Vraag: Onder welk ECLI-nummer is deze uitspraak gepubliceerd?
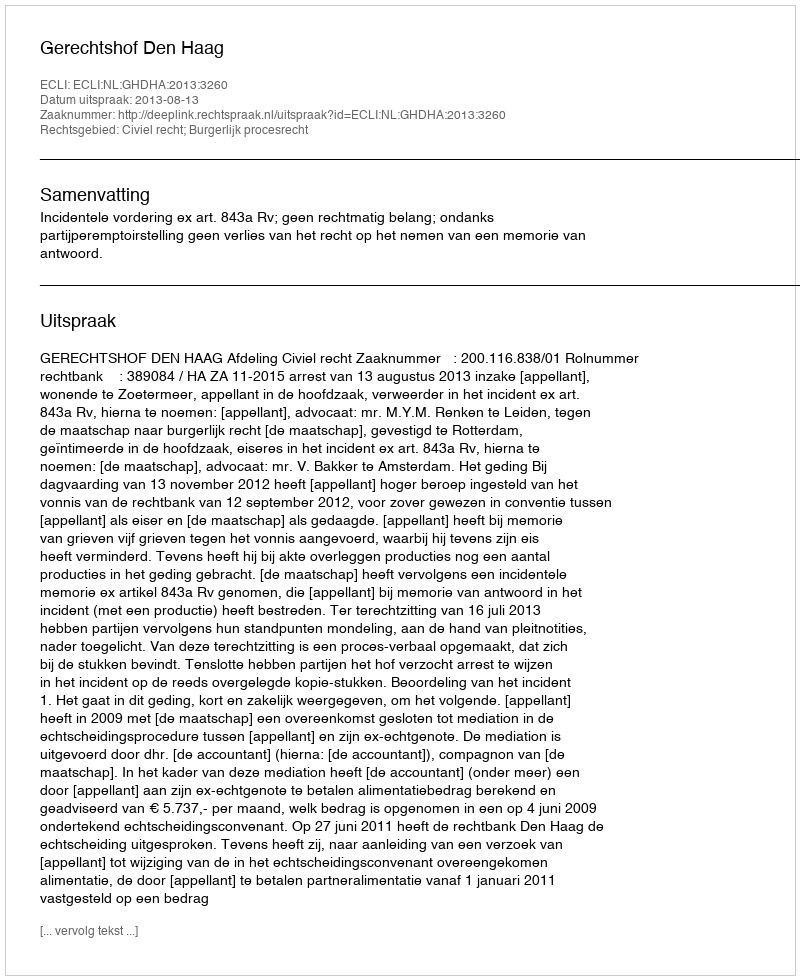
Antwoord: ECLI:NL:GHDHA:2013:3260